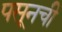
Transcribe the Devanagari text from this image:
पसूनची